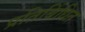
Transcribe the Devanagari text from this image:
प्रतिबिंधित